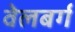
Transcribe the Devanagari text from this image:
वेलबर्ग